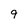
Character: 9